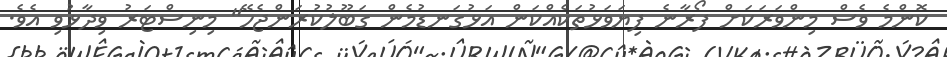
ކޮންމެ ވެސް މިންވަރަކަށް ފޯރާނެ ފިޔަވަޅުތަކެއްކަން އަޅުގަނޑުމެން ގަބޫލުކުރަންޖެހޭ" މިނިސްޓަރު ވިދާޅުވި އެވެ.